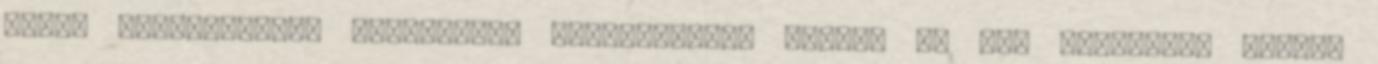
egyik legrangosabb szakmabeli elismerését, vagyis az ‘év sminkese’ díjat.